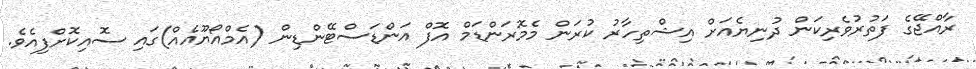
ރާއްޖޭގެ ފަތުރުވެރިކަން ދުނިޔެއަށް އިޝްތިހާރު ކުރަން މެމޮރަންޑަމް އޮފް އަންޑަސްޓޭންޑިން (އެމްއޯޔޫއެއް)ގައި ސޮއިކޮށްފިއެވެ.